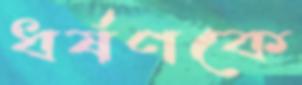
ধর্ষণকে